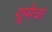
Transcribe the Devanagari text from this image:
शुमेचर